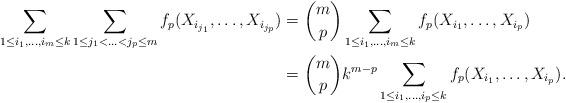
LaTeX: \begin{align*}\sum_{1\leq i_1,\ldots,i_m\leq k}\sum_{1\leq j_1<\ldots<j_p\leq m}f_p(X_{i_{j_1}},\ldots,X_{i_{j_p}}) &= {m\choose p}\sum_{1\leq i_1,\ldots,i_m\leq k}f_p(X_{i_1},\ldots,X_{i_p})\\& = {m\choose p}k^{m-p}\sum_{1\leq i_1,\ldots,i_p\leq k}f_p(X_{i_1},\ldots,X_{i_p}).\end{align*}